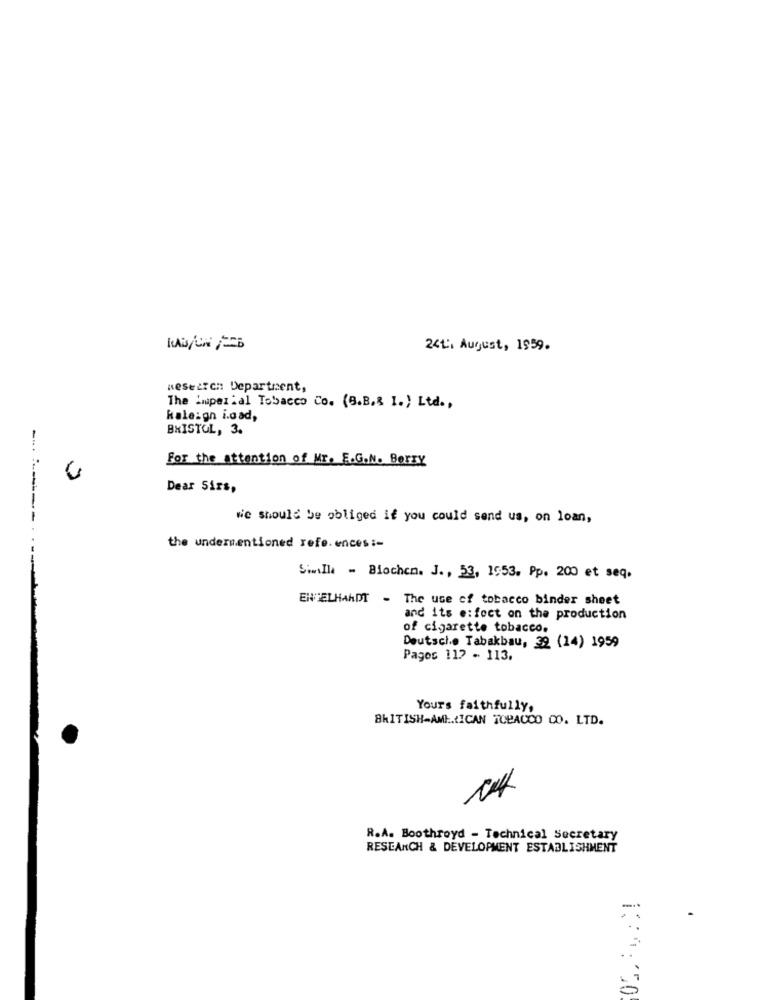
24th August, 1959.
neseiTen: Department,
The Imperial Tobacco Co. (9.B.R I.) Ltd .,
kale:gn idad,
BRISTOL, 3.
For the attention of Mr. E.G.N. Berry
Dear Sirs,
We should be obliged if you could send us, on loan,
---------..
the undermentioned refe.ences :-
Siwill - Biochen. J ., 53, 1553. Pp. 200 et seq.
ENGELHARDT - The use of tobacco binder sheet
and its e:fect on the production
of cigarette tobacco.
Deutsch.e Tabakbau, 32 (14) 1959
Pagos 117 - 113.
Yours faithfully,
BRITISH-AMI.{ICAN TOBACCO CO. LTD.
R.A. Boothroyd - Technical Secretary
RESEARCH & DEVELOPMENT ESTABLISHMENT
-